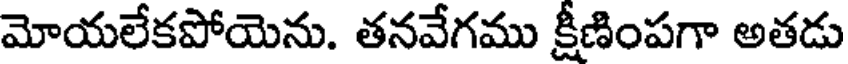
మోయలేకపోయెను. తనవేగము క్షీణింపగా అతడు